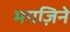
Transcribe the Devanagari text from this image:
मगज़िने